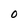
Character: 0